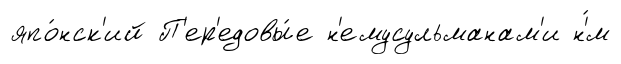
япо́нск'ий П'ер'едовы́е н'емусульманам'и н'́м